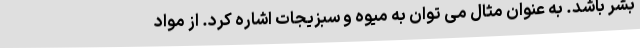
بشر باشد. به عنوان مثال می توان به میوه و سبزیجات اشاره کرد. از مواد